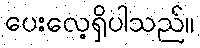
ပေးလေ့ရှိပါသည်။